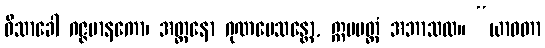
ဝိသာခေါ ဂဇ္ဇမာနကော၊ အတ္တနော ဂုဏမေသန္တော, ဣမမတ္ထံ အဘာသထ။ “ယာဝတာ